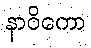
နာဝိကော